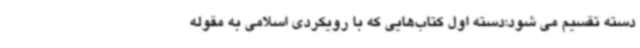
دسته تقسیم می شود:دسته اول کتاب‌هایی که با رویکردی اسلامی به مقوله